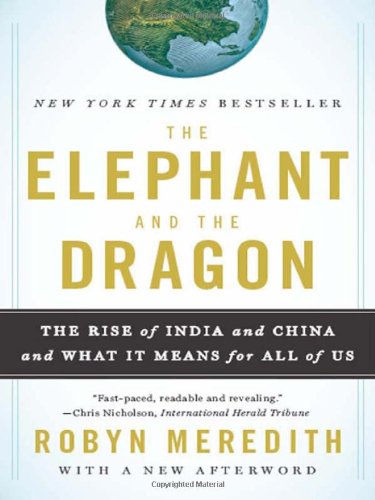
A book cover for The Elephant and the Dragon: The Rise of India and China and What It Means for All of Us; Robyn Meredith; Business & Money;